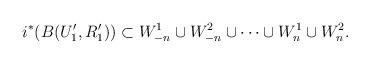
LaTeX: \begin{align*} & i^*(B(U_1', R'_1)) \subset W^{1}_{-n} \cup W^2_{-n} \cup \cdots \cup W^1_{n} \cup W^2_n. \end{align*}